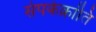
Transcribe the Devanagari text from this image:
संपर्कक्रांति